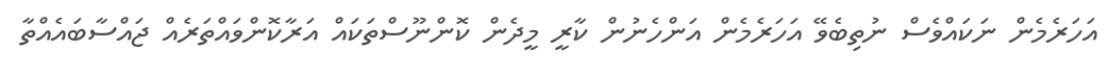
އަހަރެމެން ނަކައްވެސް ނުތިބެވޭ އަހަރެމެން އަންހެނުން ކާރީ މީދެން ކޮންނޫސްތަކައް އަރާކޮންވައްތަރެއް ޖައްސާބައެއްތާ